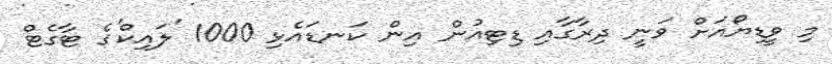
މި ވީޑިޔޯއަށް ވަނީ ދިރާގާއި ޑިޓިއުން އިން ކަނޑައެޅި 1000 'ލައިކް'ގެ ޓާގެޓް